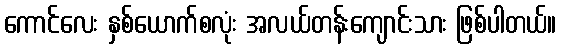
ကောင်လေး နှစ်ယောက်စလုံး အလယ်တန်းကျောင်းသား ဖြစ်ပါတယ်။